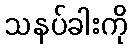
သနပ်ခါးကို